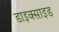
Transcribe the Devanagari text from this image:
डाइक्साइड